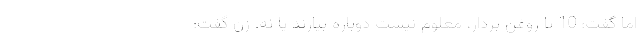
اما گفت: 10 تا روغن بردار، معلوم نیست دوباره بیارند یا نه. زن گفت: